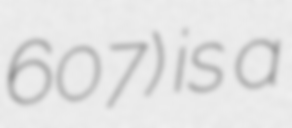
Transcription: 607) is a